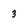
Character: 3